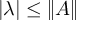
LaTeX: | \lambda | \leq \| A \|